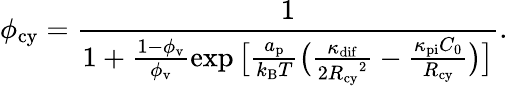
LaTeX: \phi_{\mathrm{cy}}=\frac{1}{1+\frac{1-\phi_{\mathrm{v}}}{\phi_{\mathrm{v}}}\exp\big[\frac{a_{\mathrm{p}}}{k_{\mathrm{B}}T}\big(\frac{\kappa_{\mathrm{dif}}}{{2R_{\mathrm{cy}}}^{2}}-\frac{\kappa_{\mathrm{pi}}C_{0}}{R_{\mathrm{cy}}}\big)\big]}.